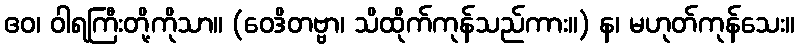
ဧဝ၊ ဝါရကြီးတို့ကိုသာ။ (ဝေဒိတဗ္ဗာ၊ သိထိုက်ကုန်သည်ကား။) န၊ မဟုတ်ကုန်သေး။